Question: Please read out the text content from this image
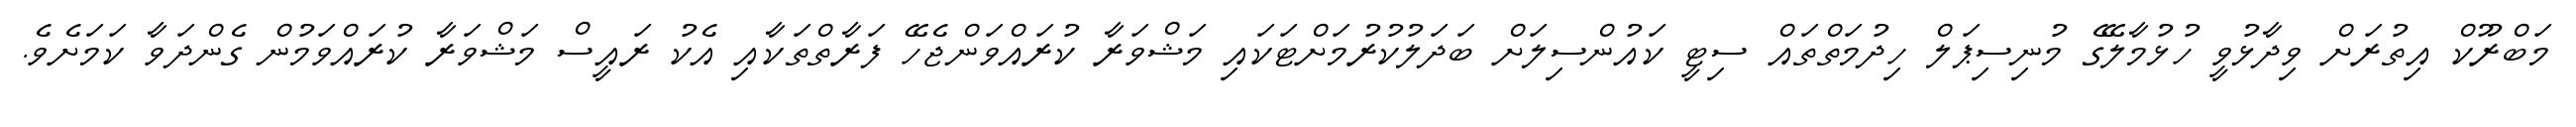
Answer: މަބްރޫކް އިތުރަށް ވިދާޅުވީ ހުޅުމާލޭގެ މުނިސިޕަލް ހިދުމަތްތައް ސިޓީ ކައުންސިލަށް ބަދަލުކުރުމަށްޓަކައި މަޝްވަރާ ކުރައްވަންޖެހޭ ފަރާތްތަކާއި އެކު ރައީސް މަޝްވަރާ ކުރައްވަމުން ގެންދަވާ ކަމަށެވެ.